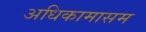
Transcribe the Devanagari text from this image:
अधिकामासम